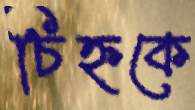
চিহ্নকে